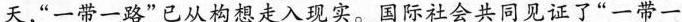
天，“一带一路”已从构想走入现实。国际社会共同见证了“一带一